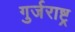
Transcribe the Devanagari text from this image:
गुर्जराष्ट्र